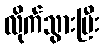
လိုက်သွားပြီး